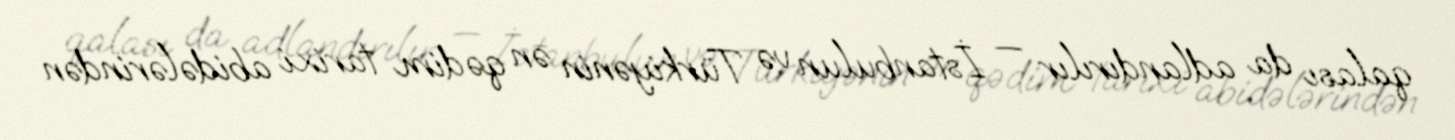
qalası da adlandırılır — İstanbulun və Türkiyənin ən qədim tarixi abidələrindən